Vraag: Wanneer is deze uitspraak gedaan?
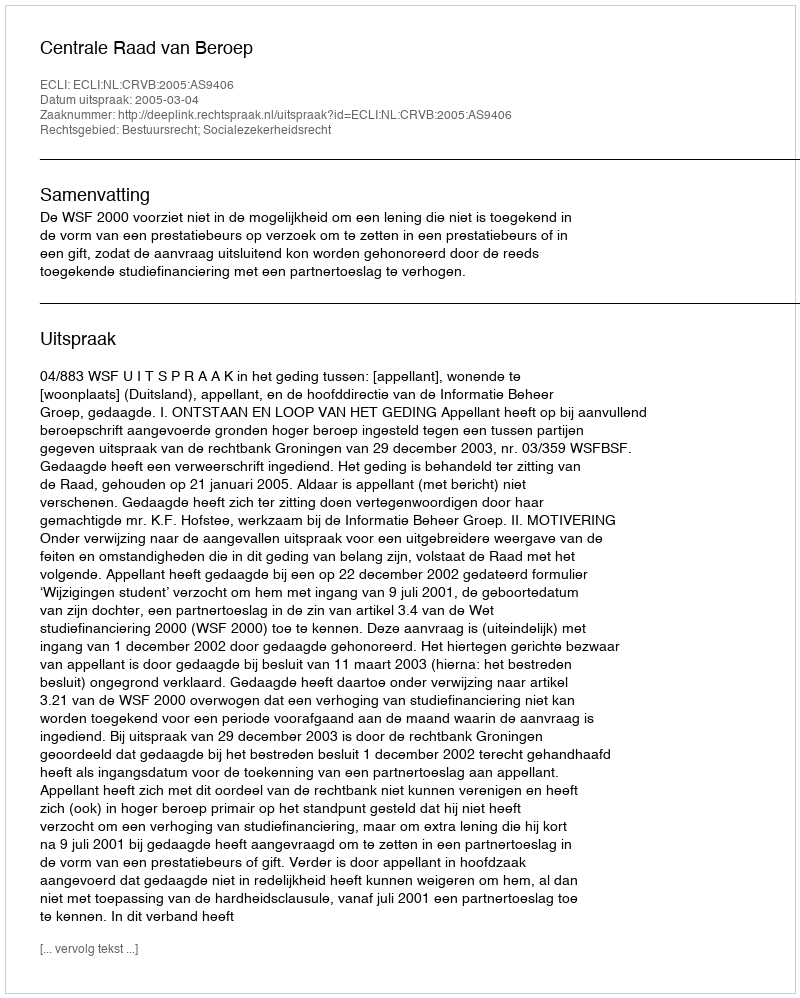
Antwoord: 2005-03-04